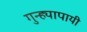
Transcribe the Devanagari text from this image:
गुन्ह्यापायी